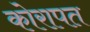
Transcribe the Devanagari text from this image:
कोरापत